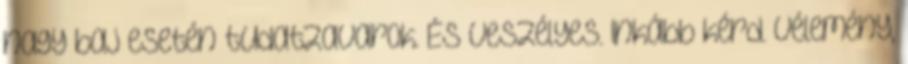
nagy baj esetén tudatzavarok. És veszélyes. Inkább kérd. Vélemény,